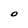
Character: O